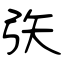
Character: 矤